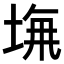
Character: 𡌖